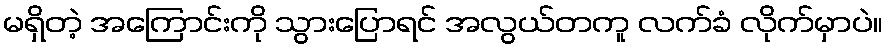
မရှိတဲ့ အကြောင်းကို သွားပြောရင် အလွယ်တကူ လက်ခံ လိုက်မှာပဲ။